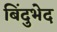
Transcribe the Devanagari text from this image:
बिंदुभेद